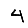
Digit: 4